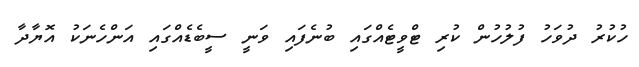
ހުކުރު ދުވަހު ފުލުހުން ކުރި ޓްވީޓެއްގައި ބުނެފައި ވަނީ ސީބެޑެއްގައި އަންހެނަކު އޮޔާދާ